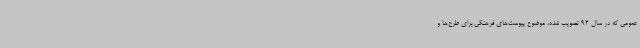
عمومی که در سال 92 تصویب شده، موضوع پیوست‌های فرهنگی برای طرح‌ها و